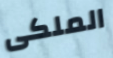
الملكى